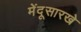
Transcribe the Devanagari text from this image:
मेंदूसारखे